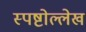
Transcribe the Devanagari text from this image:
स्पष्टोल्लेख